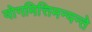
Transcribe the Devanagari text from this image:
योगमित्तिमन्यन्ते